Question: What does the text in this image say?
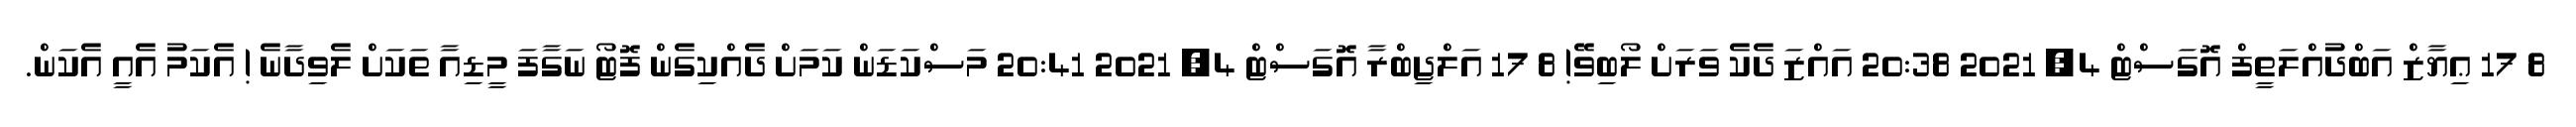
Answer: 8 17 ޢިޔާޒް އަބްދުއްލަތީފް އޮގަސްޓް 4, 2021 20:38 އައްޒަ ދެކެ ވަރަށް ލޯބިވޭ! 8 17 އަލްޖިބްރާ އޮގަސްޓް 4, 2021 20:41 މަސްކަޑަން ކަމަށް ދެއްކިގެން ފޮޓޯ ނަގާފަ މީޑިއާ ތަކަށް ލެވިދާނެ ! އެކަމު އެއީ އެކަން.